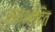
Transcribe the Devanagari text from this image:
सम्भोदित